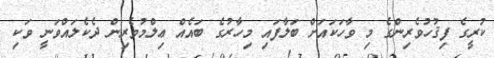
ކުރީގެ ފިޤުހުވެރިންގެ މި ވާހަކައަށް ބަލާފައި މިހާރުގެ ބައެއް ޢިލްމުވެރިން ދެކެލައްވަނީ ވަކި